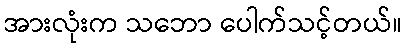
အားလုံးက သဘော ပေါက်သင့်တယ်။